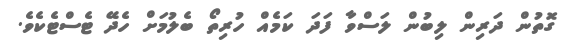
ގޮތުން ދަރިން ލިބުން ލަސްވާ ފަދަ ކަމެއް ހުރިތޯ ބެލުމަށް ހެދޭ ޓެސްޓެކެވެ.